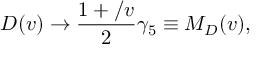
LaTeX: D ( v ) \to \frac { 1 + \slash { v } } { 2 } \gamma _ { 5 } \equiv M _ { D } ( v ) ,